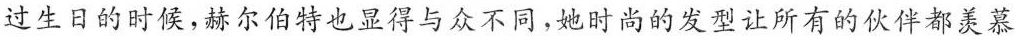
过生日的时候，赫尔伯特也显得与众不同，她时尚的发型让所有的伙伴都羡慕